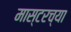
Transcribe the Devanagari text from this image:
मास्टरच्या